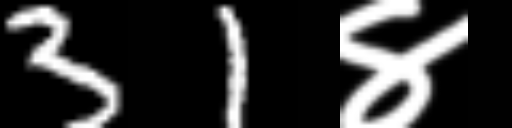
Text: 31४